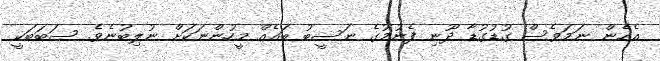
އެހެން ނަމަވެސް ގުޑުގުޑާ ދޫނި ފެނުމުގެ ނަސީބު ބައެއް މީހުންނަކަށް ނުލިބުނެވެ. ސަބަބަކީ